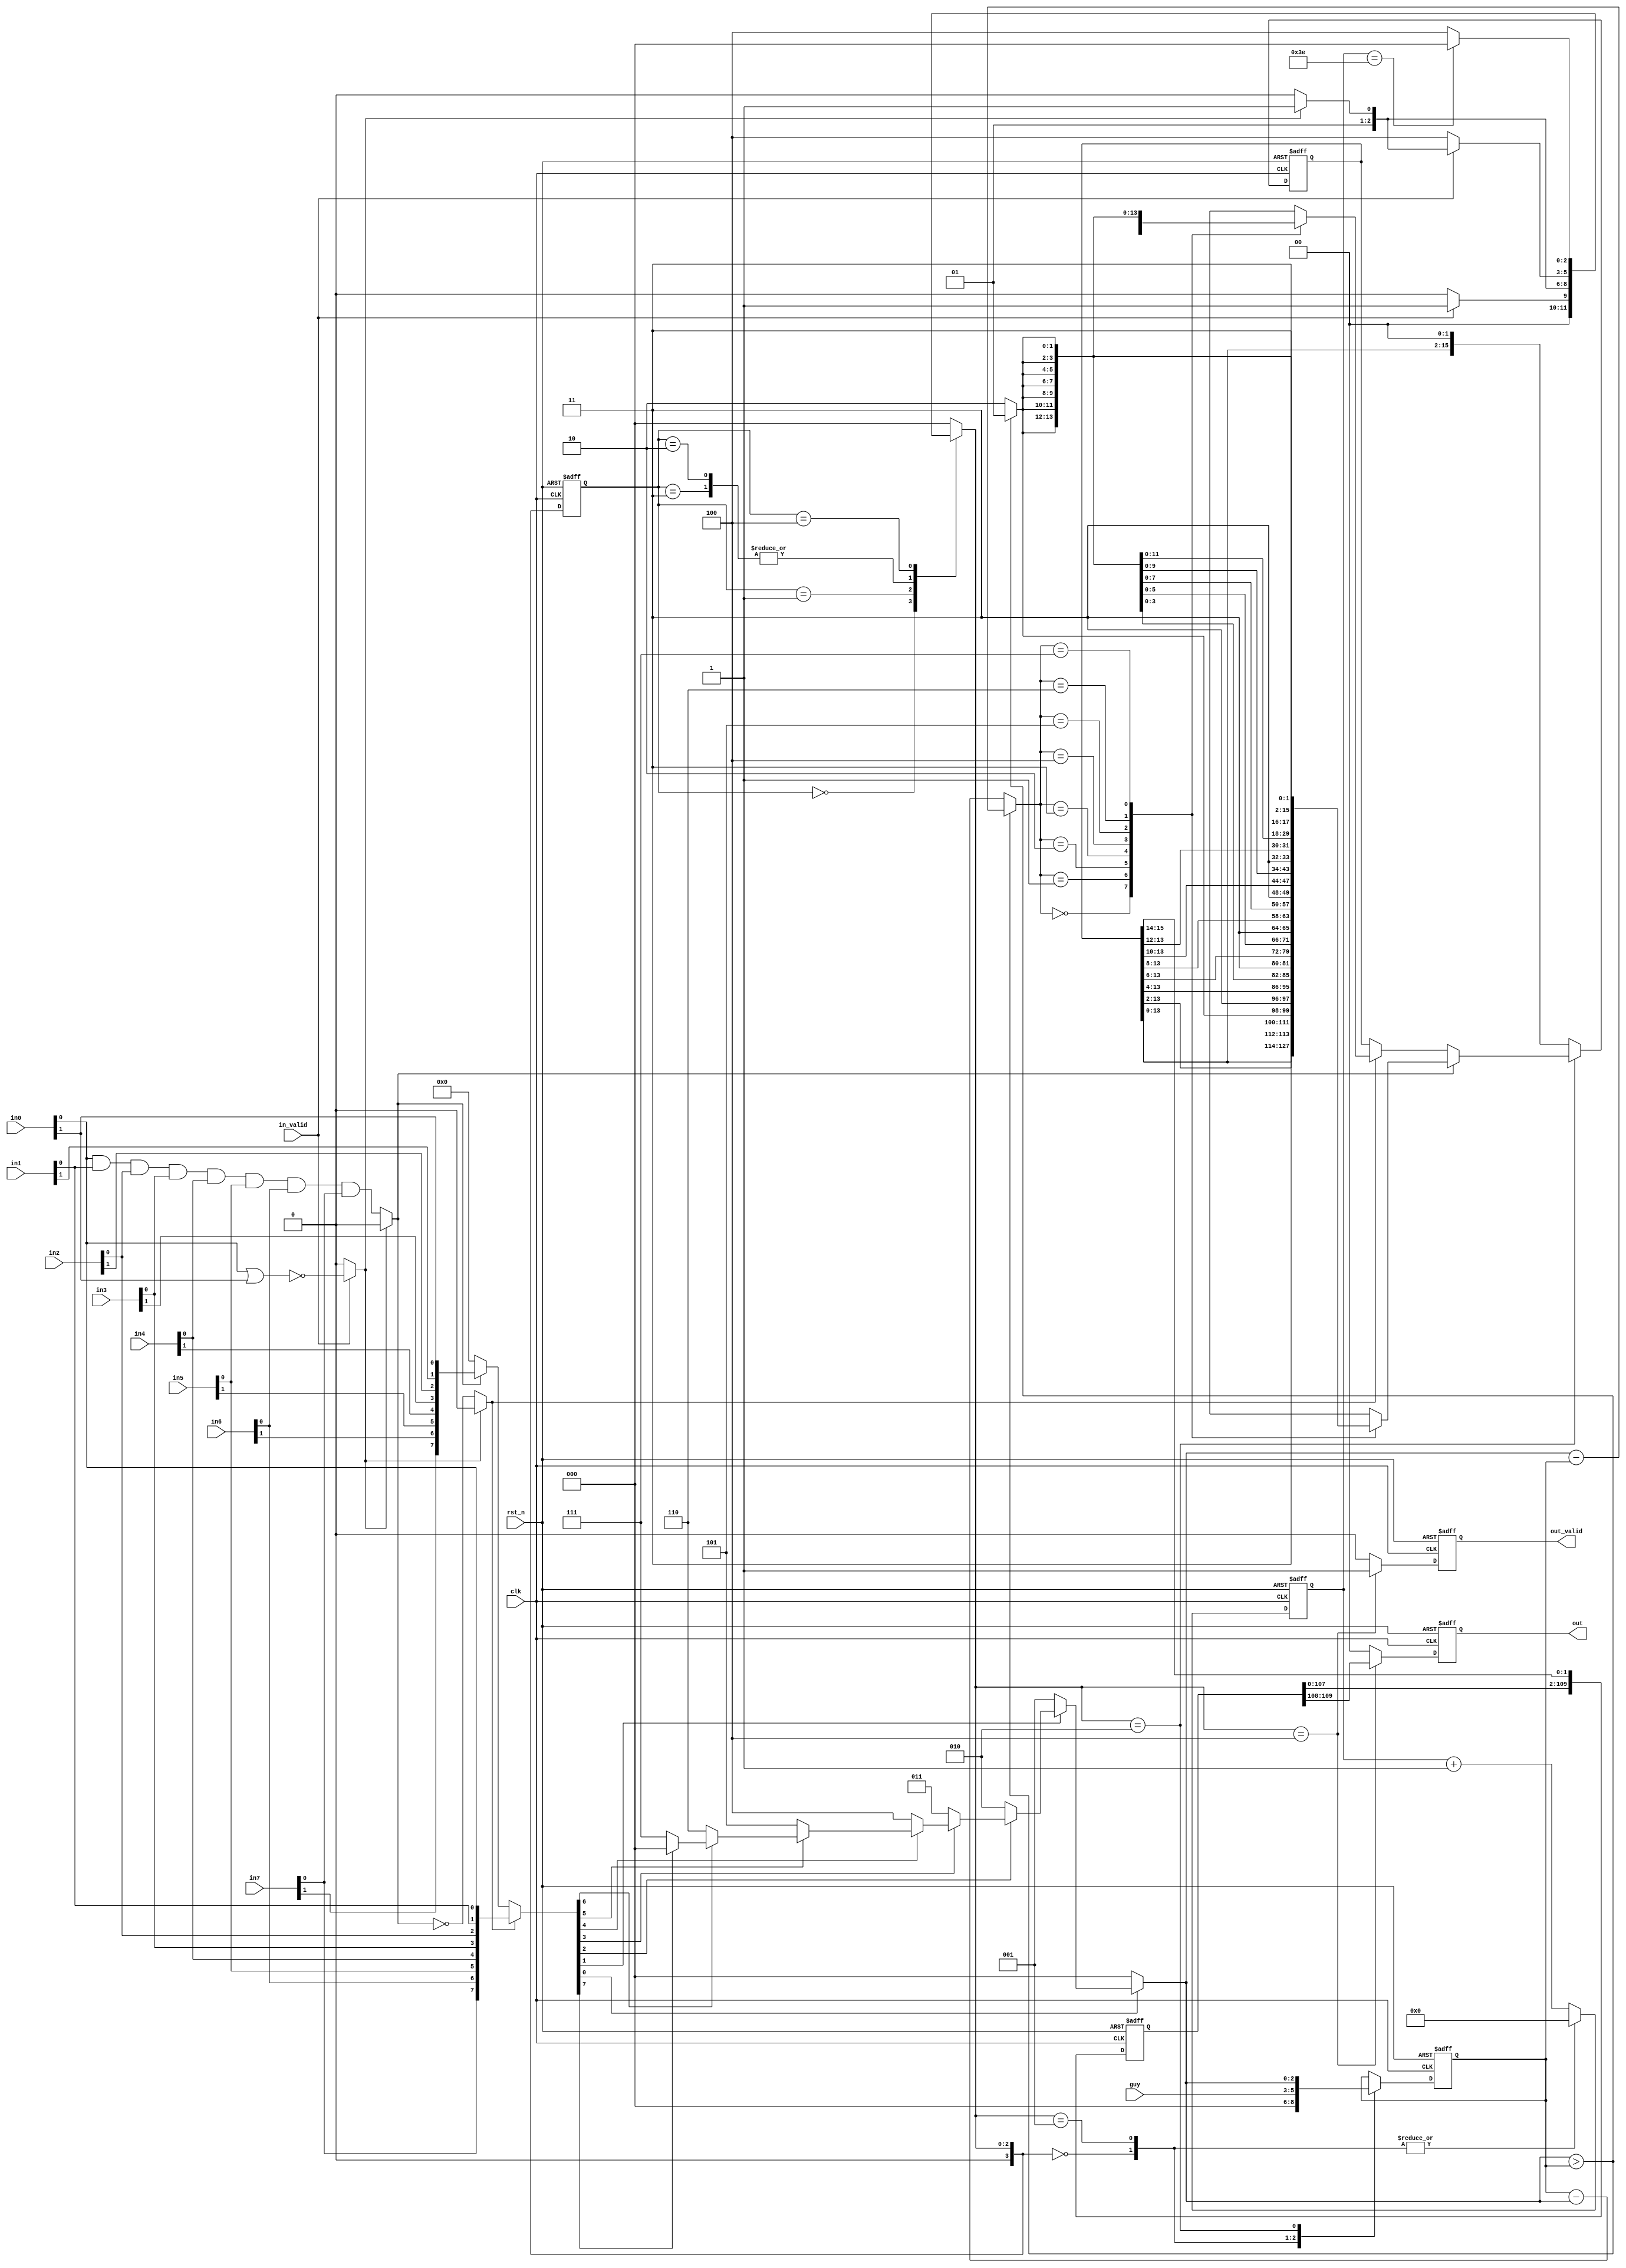
module BP(
    clk,
    rst_n,
    in_valid,
    guy,
    in0,
    in1,
    in2,
    in3,
    in4,
    in5,
    in6,
    in7,
  
    out_valid,
    out
);

input             clk, rst_n;
input             in_valid;
input       [2:0] guy;
input       [1:0] in0, in1, in2, in3, in4, in5, in6, in7;
output reg        out_valid;
output reg  [1:0] out;


/* wire */
wire is_space, is_low, is_high, not_space;

wire [2:0] move;
wire [1:0] action;
reg [2:0] pos_in;
reg [7:0] in;
reg [15:0] temp_ans;

/* reg */
reg [2:0] pos_guy;
reg [109:0] ans;
reg [5:0] counter;

/* FSM */
reg [3:0] c_state, n_state;
parameter ST_IDLE = 3'd0,ST_IN_GUY = 3'd1, ST_IN = 3'd2,
            ST_IN_SPACE = 3'd3, ST_OUT = 3'd4;
/* current state */
always@(posedge clk or negedge rst_n) begin
    if(!rst_n)
        c_state <= ST_IDLE; /* initial state */
    else 
        c_state <= n_state;
end

/* next state */
always@(*) begin
    case(c_state)
        ST_IDLE: begin
            if(in_valid) n_state = ST_IN_GUY;
            else n_state = ST_IDLE;
        end
        ST_IN_GUY: begin
            if(is_space) n_state = ST_IN_SPACE;
            else n_state = ST_IN;
        end
        ST_IN_SPACE: begin
            if(!in_valid) n_state = ST_OUT;
            else if(not_space) n_state = ST_IN;
            else n_state = ST_IN_SPACE;
        end
        ST_IN: begin
            if(!in_valid) n_state = ST_OUT;
            else if(is_space) n_state = ST_IN_SPACE;
            else n_state = ST_IN;
        end
        ST_OUT: begin
            if(counter == 6'd62) n_state = ST_IDLE;
            else n_state = ST_OUT;
        end

        default: n_state = ST_IDLE;
    endcase
end
/* input block */
assign is_space = (in_valid)? (~(in0[0] | in0[1])) : 1'b0;
assign not_space = ~is_space;
assign is_low = (not_space)? (in0[0] & in1[0] & in2[0] & in3[0] & in4[0] & in5[0] & in6[0] & in7[0]) : 1'b0;
assign is_high = (not_space)? ~is_low : 1'b0;
assign move = (pos_in > pos_guy) ? (pos_in - pos_guy) : (pos_guy - pos_in);
assign action = (pos_in > pos_guy)? 2'b01: 2'b10;


/* calculate */
always @(*) begin
    if(is_high) in = {in7[0], in6[0], in5[0], in4[0], in3[0], in2[0], in1[0], in0[0]};
    else if(is_low) in = {in7[1], in6[1], in5[1], in4[1], in3[1], in2[1], in1[1], in0[1]};
    else in = 8'b0;
    
end
always @(*) begin
    if(in[0] == 1'b0) pos_in = 3'd0;
    else if(in[1] == 1'b0) pos_in = 3'd1;
    else if(in[2] == 1'b0) pos_in = 3'd2;
    else if(in[3] == 1'b0) pos_in = 3'd3;
    else if(in[4] == 1'b0) pos_in = 3'd4;
    else if(in[5] == 1'b0) pos_in = 3'd5;
    else if(in[6] == 1'b0) pos_in = 3'd6;
    else if(in[7] == 1'b0) pos_in = 3'd7;
    else pos_in = 3'd0;
end

always @(posedge clk or negedge rst_n) begin
    if(!rst_n) begin
        temp_ans <= 16'd0;
    end
    else begin
        case(n_state)
            ST_IN: begin
                if(is_low) begin
                    case (move)
                        3'd0: temp_ans <= {temp_ans[13:0], {2'b11}};
                        3'd1: temp_ans <= {temp_ans[13:2],  action, {2'b11}};
                        3'd2: temp_ans <= {temp_ans[13:4], {2{action}}, {2'b11}};
                        3'd3: temp_ans <= {temp_ans[13:6], {3{action}}, {2'b11}};
                        3'd4: temp_ans <= {temp_ans[13:8], {4{action}}, {2'b11}};
                        3'd5: temp_ans <= {temp_ans[13:10], {5{action}}, {2'b11}};
                        3'd6: temp_ans <= {temp_ans[13:12], {6{action}}, {2'b11}};
                        3'd7: temp_ans <= {{7{action}}, {2'b11}};
                    endcase
                end
                else if(is_high)begin
                    case (move)
                        3'd0: temp_ans <= temp_ans << 2;
                        3'd1: temp_ans <= {temp_ans[13:0],  action};
                        3'd2: temp_ans <= {temp_ans[13:2], {2{action}}};
                        3'd3: temp_ans <= {temp_ans[13:4], {3{action}}};
                        3'd4: temp_ans <= {temp_ans[13:6], {4{action}}};
                        3'd5: temp_ans <= {temp_ans[13:8], {5{action}}};
                        3'd6: temp_ans <= {temp_ans[13:10], {6{action}}};
                        3'd7: temp_ans <= {temp_ans[13:12], {7{action}}};
                    endcase
                end
            end
            default: begin
                temp_ans <= temp_ans << 2;
            end
        endcase
    end
end

always @(posedge clk or negedge rst_n) begin
    if(!rst_n) begin
        ans <= 1'b0;
    end
    else begin
        case(n_state)
            default: begin
                ans <= {ans[107:0],temp_ans[15:14]};
            end
        endcase
    end
end

always @(posedge clk or negedge rst_n) begin
    if(!rst_n) pos_guy <= 3'b0;
    else begin
        
        case(n_state)
            ST_IDLE: begin
                pos_guy <= 3'b0;
            end
            ST_IN_GUY: begin
                pos_guy <= guy;
            end
            ST_IN: begin
                pos_guy <= pos_in;
            end
            default: begin
                pos_guy <= pos_guy;
            end
        endcase
    end
end

always @(posedge clk or negedge rst_n) begin
    if(!rst_n) begin
        counter <= 6'b0;
    end
    else begin
        case(n_state)
            ST_IDLE: begin
                counter <= 6'b0;
            end
            ST_IN_GUY: begin
                counter <= 6'b0;
            end
            default: begin
                counter <= counter + 1'b1;
            end
        endcase
    end
end


always @(posedge clk or negedge rst_n) begin
    if(!rst_n) out_valid <= 1'b0;
    else begin
        case(n_state)
            ST_IDLE: begin
                out_valid <= 1'b0;
            end
            ST_OUT: begin
                out_valid <= 1'b1;
            end
            default: begin
                out_valid <= 1'b0;
            end
        endcase
    end
        
end
always @(posedge clk or negedge rst_n) begin
    if(!rst_n) out <= 2'b0;
    else begin
        case(n_state)
            ST_IDLE: begin
                out <= 2'b0;
            end
            ST_OUT: begin
                out <= ans[109:108];
            end
            default: begin
                out <= 2'b0;
            end
        endcase
    end
    
end  
endmodule